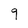
Character: 9